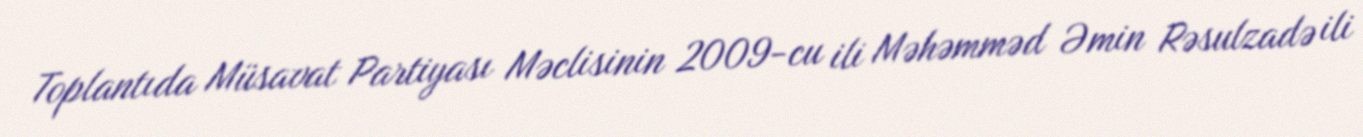
Toplantıda Müsavat Partiyası Məclisinin 2009-cu ili Məhəmməd Əmin Rəsulzadə ili